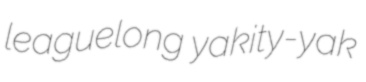
leaguelong yakity-yak